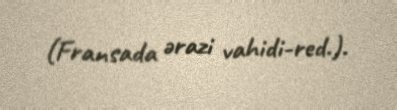
(Fransada ərazi vahidi-red.).